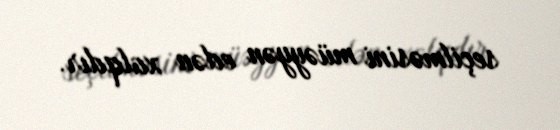
seçilməsini müəyyən edən xalqdır.